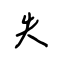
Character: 失